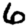
Digit: 6